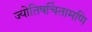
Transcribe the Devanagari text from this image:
ज्योतिषचिंतामणि